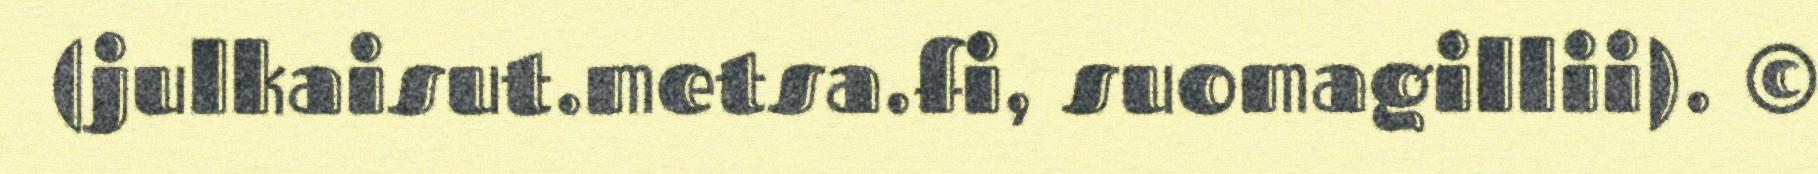
(julkaisut.metsa.fi, suomagillii). ©